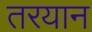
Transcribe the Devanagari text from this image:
तरयान